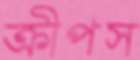
ক্রীপস